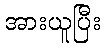
အားယူပြီး